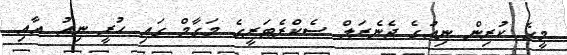
މީގެ ކުރިން ނިއުގެ ޖެނެރަލް ސެކްރެޓަރީގެ މަގާމް ގައި ހުރީ ނިއު އާއި